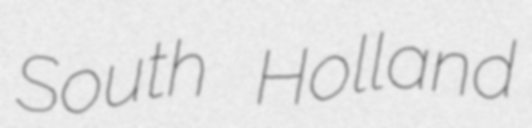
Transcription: South Holland